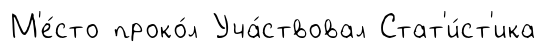
М'е́сто проко́л Уча́ствовал Стат'и́ст'ика